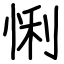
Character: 悧